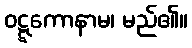
ဝဋ္ဋကောနာမ၊ မည်၏။